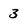
Character: 3